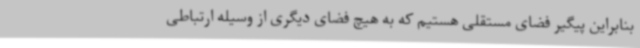
بنابراین پیگیر فضای مستقلی هستیم که به هیچ فضای دیگری از وسیله ارتباطی